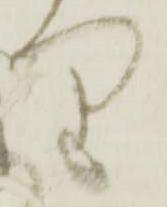
り